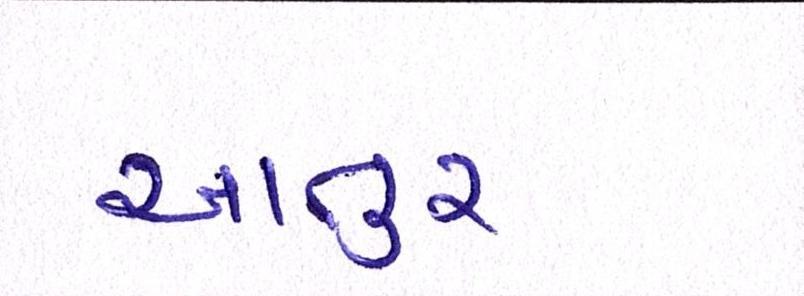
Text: આતુર